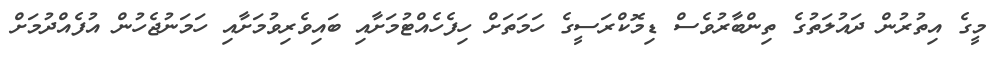
މީގެ އިތުރުން ދައުލަތުގެ ތިންބާރުވެސް ޑިމޮކްރަސީގެ ހަމަތަށް ހިފެހެއްޓުމަށާއި ބައިވެރިވުމަށާއި ހަމަނުޖެހުން އުފެއްދުމަށް